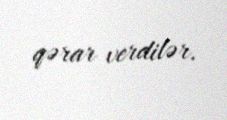
qərar verdilər.